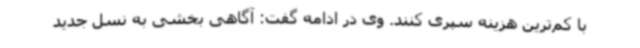
با کم‌ترین هزینه سپری کنند. وی در ادامه گفت: آگاهی بخشی به نسل جدید